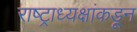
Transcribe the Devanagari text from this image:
राष्ट्राध्यक्षांकडून